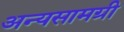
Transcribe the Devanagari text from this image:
अन्यसामग्री